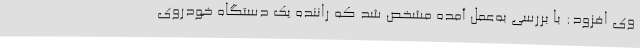
وی افزود: با بررسی به‌عمل آمده مشخص شد که راننده یک دستگاه خودروی